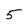
Character: 5